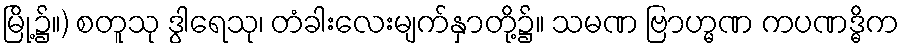
မြို့၌။) စတူသု ဒွါရေသု၊ တံခါးလေးမျက်နှာတို့၌။ သမဏ ဗြာဟ္မဏ ကပဏဒ္ဓိက